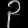
Digit: ၃